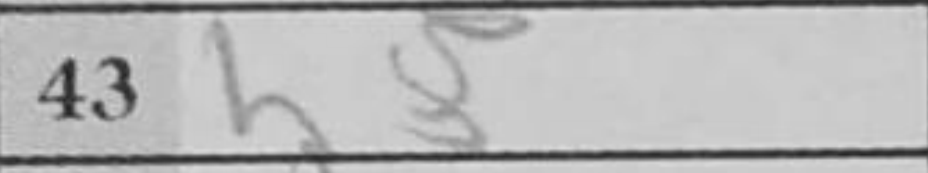
Transcription: h5